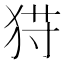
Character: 𱭾